Report on malaria in the Punjab during the year ...  together with an account of the work of the Punjab Malaria Bureau - Volume 5
Disease focus: Malaria
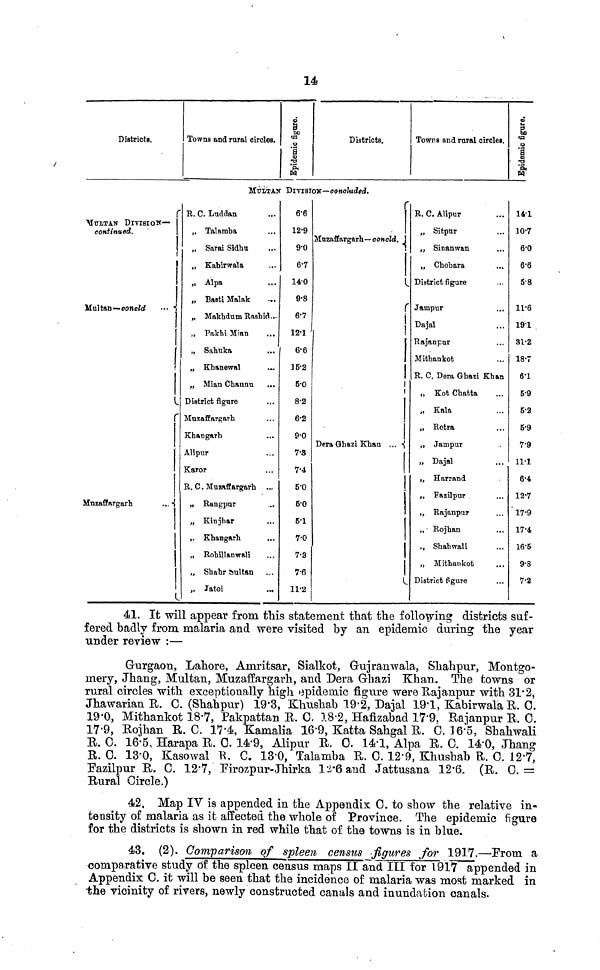
Districts.
r
MULTAN DIVISION—
continued.
Multan—conold
•••
r
Muzaffargarh
...
Towns and rural circles.
MULÍTAN
R. C. Luddan
Talamba
Sarai Sidhu
Kabirwala
Alpa
Basti Malak
MakhdumRashid...
Pakhi Mian
...
Sahuka
Khanewal
Mian Channu
District figure
Muzaffargarh
Khangarh
Alipur
Karor
R. C. Muzaffargarh ...
Rangpur
Kinjhar
Khangarh
Rohillanwali
Shahr Sultan
Jatoi
Epidemic
figure.
Districts.
DIVISION—conduded.
6.6
12.9
9.0
6.7
14.0
9.8
6.7
12.1
6.6
15.2
5.0
8.2
6.2
9.0
7.3
7.4
5.0
6.0
5.1
7.0
7..3
7.6
11.2
Muzaffargarh—
concted.
r
I
!
Dera Ghazi Khan ...
!
1
Towns and rural circles.
R. C. Alipur
Sitpur
Sinanwan
Chobara
District figure
Jampur
...
Dajal
Rajanpur
Mithankot
R. C. Dera Ghazi Khan
Kot Chatta
Kala
Retra
Jampur
Dajal
Harrand
Fazilpur
Rajanpur
Rojhan
Shahwali
Mithankot
District figure
14.1
10.7
6.0
6.6
58
11.6
191
31.2
18.7
6.1
5.9
5.2
5.9
7.9
11.1
6.4
12.7
17.9
17.4
16.5
9.8
7.2
41. It will appear from this statement that the following districts suf-
fered badly from malaria and were visited by an epidemic during the year
under review :—
Gurgaon, Lahore, Amritsar, Sialkot, Gujranwala, Shahpur, Montgo-
mery, Jhang, Multan, Muzaffargarh, and Dera Ghazi Khan. The towns or
rural circles with exceptionally high epidemic figure were Rajanpur with 31.2,
Jhawarian R. C. (Shahpur) 19.3, Khushab 19.2, Dajal 19.1, Kabirwala R. C
19.0, Mithankot 18.7, Pakpattan R. C. 18.2, Hafizabad 17.9, Rajanpur R.C.
17.9, Rojhan R.C. 17.4, Kamalia 16.9, Katta Sahgal R. C. 16.5, Shahwal:
R. G. 16.5, Harapa R. C. 14.9, Alipur R. 0. 14.1, Alpa R. C. 14.0, Jhang
R. C. 13.0, Kasowal R. C. 13.0, Talamba R. C. 12.9, Khushab R. C. 12.7,
Fazilpur R. G. 12.7, Firozpur-Jhirka l2.6 and Jattusana 12.6. (R. C. =
Rural Circle.)
42. Map IV ÍV appended in the Appendix C. to show the relative in
tensity of malaria as it affected the whole of Province. The epidemic figure
for the districts is shown in red while that of the towns is in blue.
43. (2). Comparison of spleen census figures for 1917.—From
comparative study of the spleen census maps II and III for 1917 appended
Appendix G. it will be seen that the incidence of malaria was most marked ir
the vicinity of rivers, newly constructed canals and inundation canals.